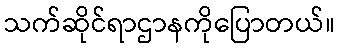
သက်ဆိုင်ရာဌာနကိုပြောတယ်။